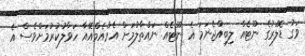
ވަގު ޑޮލަރުގެ ނޫޓެއް ލިބިއްޖެނަމަ އެ ނޫޓެއް ނައްތާލުމަށް އެމްއެމްއޭއާ ހަވާލުކުރުމަށްވެސް އެ